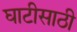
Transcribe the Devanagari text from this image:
घाटीसाठी